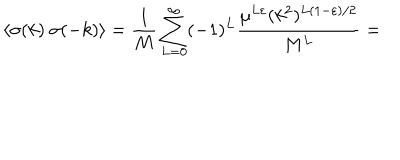
\langle \sigma ( k ) ~ \sigma ( - k ) \rangle = \frac { 1 } { M } \sum _ { L = 0 } ^ { \infty } ( - 1 ) ^ { L } \frac { \mu ^ { L \varepsilon } ( k ^ { 2 } ) ^ { L ( 1 - \varepsilon ) / 2 } } { M ^ { L } } =